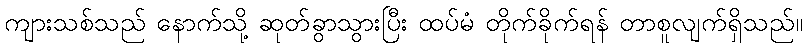
ကျားသစ်သည် နောက်သို့ ဆုတ်ခွာသွားပြီး ထပ်မံ တိုက်ခိုက်ရန် တာစူလျက်ရှိသည်။